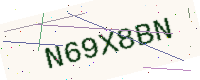
Text: N69X8BN